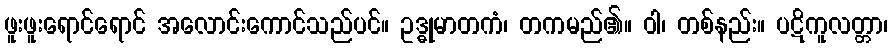
ဖူးဖူးရောင်ရောင် အလောင်းကောင်သည်ပင်။ ဥဒ္ဓုမာတကံ၊ တကမည်၏။ ဝါ၊ တစ်နည်း။ ပဋိကူလတ္တာ၊